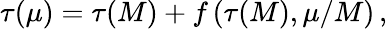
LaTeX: \tau(\mu)=\tau(M)+f\left(\tau(M),\mu/M\right)\, ,